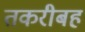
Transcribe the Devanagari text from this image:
तकरीबह